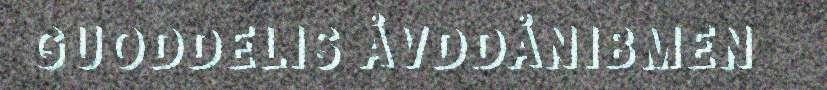
GUODDELIS ÅVDDÅNIBMEN